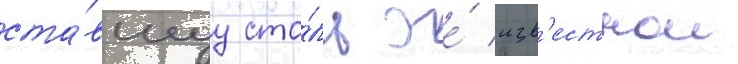
ста́вшуу сто́ль же́ изв'естнои